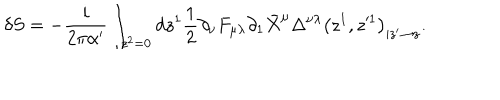
LaTeX: \delta S = - \frac { i } { 2 \pi \alpha ^ { \prime } } \int _ { z ^ { 2 } = 0 } d z ^ { 1 } \frac { 1 } { 2 } \partial _ { \nu } F _ { \mu \lambda } \partial _ { 1 } \bar { X } ^ { \mu } \Delta ^ { \nu \lambda } \left( z ^ { 1 } , z ^ { \prime 1 } \right) _ { | z ^ { \prime } \to z } .